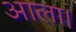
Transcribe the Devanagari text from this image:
आला।